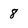
Character: 8